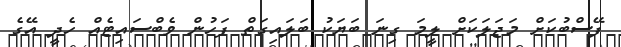
ފޭސްބުކަށް މަޖަލަކަށް ލީމަ ގިނަ ބަޔަކު ބަލައިގަތް ފަހުން ވެބްސައިޓެއް ހެދީ އޭގެ